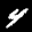
Label: 4